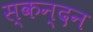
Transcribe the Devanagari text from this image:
स्कन्दन